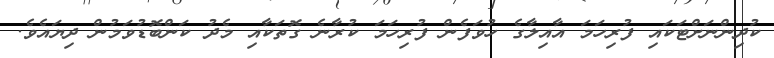
ކުދިންނަށްޓަކައި ފުރިހަމަ އާއިލާގެ ހުވަފެން ފުރިހަމަ ކުރާނެ ގޮތަކާއި މެދު ކަންބޮޑުވަމުން ދިޔައެވެ.